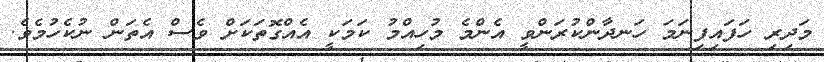
މަދިރި ހަފައިފިނަމަ ހަނދާންކުރަންވީ އެންމެ މުހިއްމު ކަމަކީ އެއްގޮތަކަށް ވެސް އެތަން ނުކެހުމެވެ.